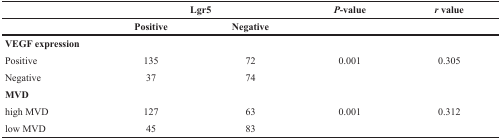
<table><thead><tr><td></td><td colspan="2"><b>Lgr5</b></td><td><b><i>P</i>-value</b></td><td><b><i>r</i> value</b></td></tr><tr><td></td><td><b>Positive</b></td><td><b>Negative</b></td><td></td><td></td></tr></thead><tbody><tr><td><b>VEGF expression</b></td><td></td><td></td><td></td><td></td></tr><tr><td>Positive</td><td>135</td><td>72</td><td>0.001</td><td>0.305</td></tr><tr><td>Negative</td><td>37</td><td>74</td><td></td><td></td></tr><tr><td><b>MVD</b></td><td></td><td></td><td></td><td></td></tr><tr><td>high MVD</td><td>127</td><td>63</td><td>0.001</td><td>0.312</td></tr><tr><td>low MVD</td><td>45</td><td>83</td><td></td><td></td></tr></tbody></table>